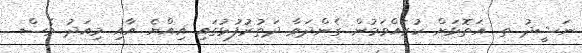
ނަޝީދު ތ. އަތޮޅަށް ކުރައްވަމުން ގެންދަވާ ދަތުރުފުޅުގައި އިއްޔެ އާއި މިއަދު ވެސް